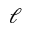
\ell